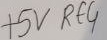
Text: +5v RE4